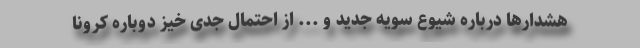
هشدارها درباره شیوع سویه جدید و ... از احتمال جدی خیز دوباره کرونا